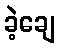
ခဲ့ချေ